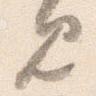
見